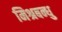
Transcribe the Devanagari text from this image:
मिश्रबन्धु